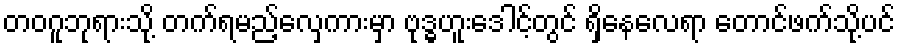
တဝဂူဘုရားသို့ တက်ရမည့်လှေကားမှာ ဗုဒ္ဓဟူးဒေါင့်တွင် ရှိနေလေရာ တောင်ဖက်သို့ပင်